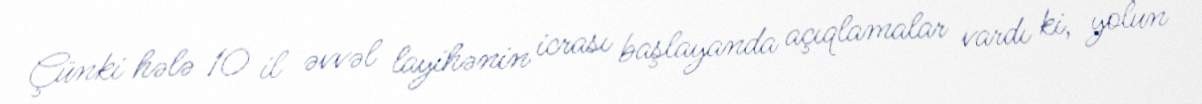
Çünki hələ 10 il əvvəl layihənin icrası başlayanda açıqlamalar vardı ki, yolun